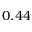
0 . 4 4